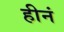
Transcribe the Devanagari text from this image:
हीनं